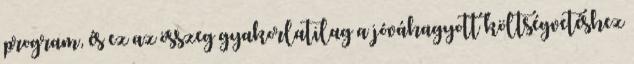
program, és ez az összeg gyakorlatilag a jóváhagyott költségvetéshez